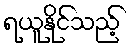
ရယူနိုင်သည့်